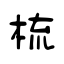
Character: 梳